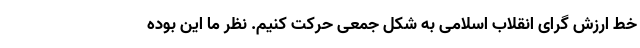
خط ارزش گرای انقلاب اسلامی به شکل جمعی حرکت کنیم. نظر ما این بوده